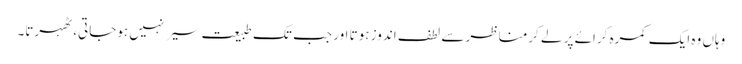
وہاں وہ ایک کمرہ کرائے پر لے کرمناظر سے لطف اندوز ہوتا اور جب تک طبیعت سیر نہیں ہوجاتی، ٹھہرتا۔